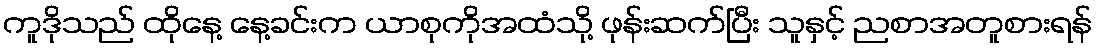
ကူဒိုသည် ထိုနေ့ နေ့ခင်းက ယာစုကိုအထံသို့ ဖုန်းဆက်ပြီး သူနှင့် ညစာအတူစားရန်